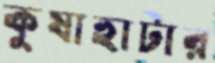
কুষাহাটার